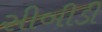
સીબીડી